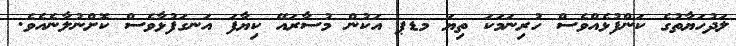
ލަދުހަޔާތުގެ ކަންފުޅެއްވެސް ހުރިނަމަކަ ތިޔަ މޑޕ އަކުން މުސާރައޭ ކިޔާފަ އަނގަފުޅާވެސް ކޮށްނުލާނެއެވެ.